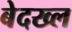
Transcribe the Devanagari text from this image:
बेदख्ल